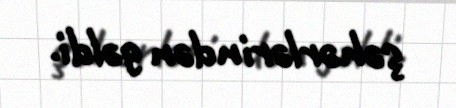
şəhərlərindən gəldi.